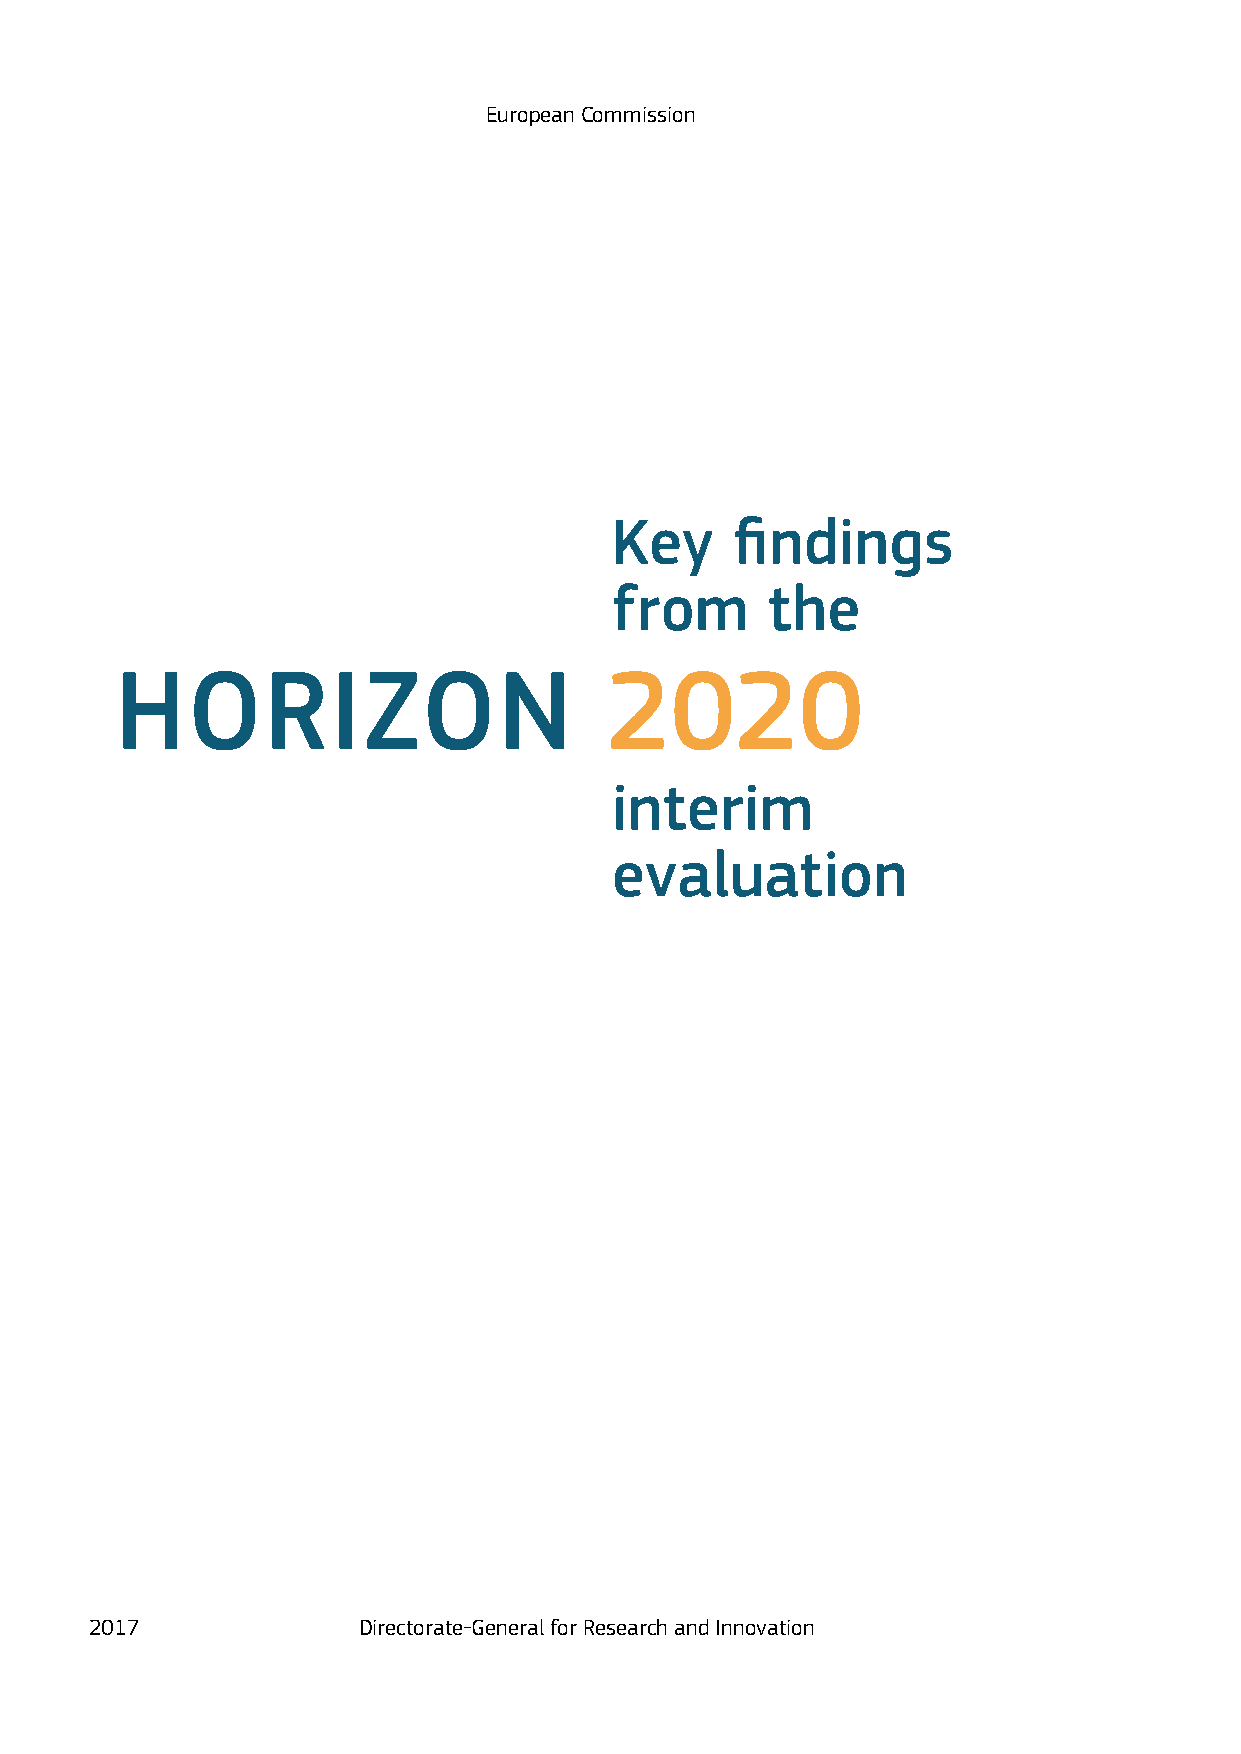
European Commission
 Key      findings
 from       the
 Horizon                         2020
 interim
 evaluation
 2017              Directorate-General for Research and Innovation